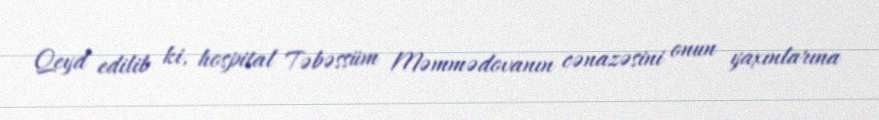
Qeyd edilib ki, hospital Təbəssüm Məmmədovanın cənazəsini onun yaxınlarına